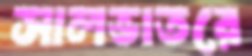
সালভাতরে